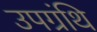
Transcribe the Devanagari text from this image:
उपग्रंथि